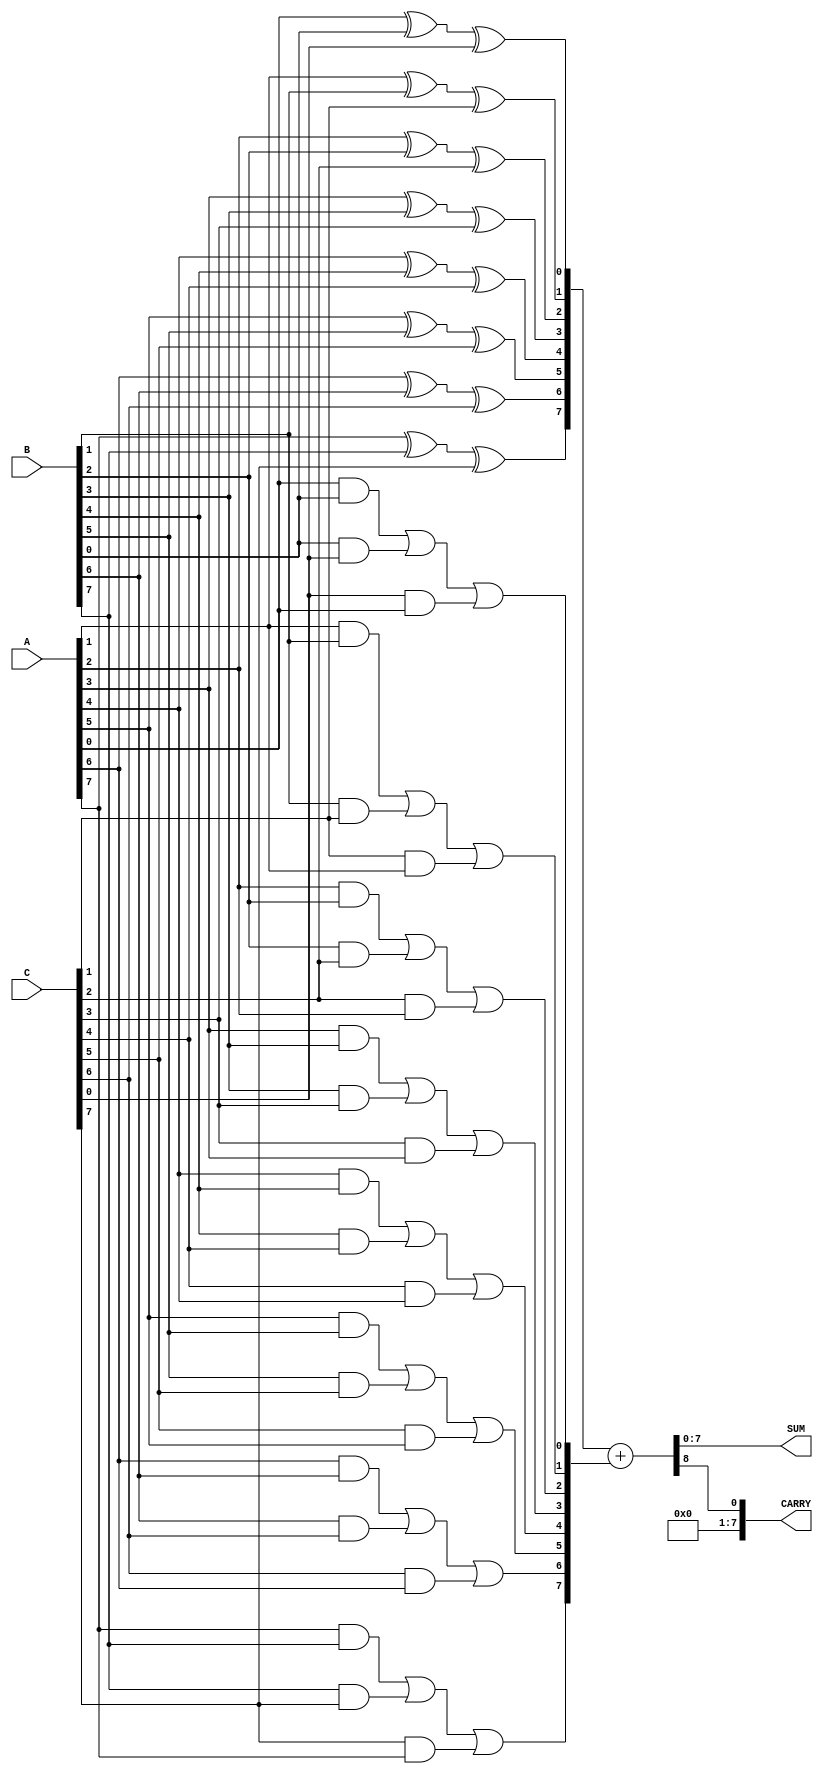
module carry_save_adder #(
    parameter WIDTH = 8,  // Width of the input operands
    parameter NUM_INPUTS = 3 // Number of inputs (can be adjusted)
)(
    input [WIDTH-1:0] A,  // First input
    input [WIDTH-1:0] B,  // Second input
    input [WIDTH-1:0] C,  // Third input
    output [WIDTH-1:0] SUM, // Final sum output
    output [WIDTH-1:0] CARRY // Final carry output
);

    // Intermediate sum and carry wires
    wire [WIDTH-1:0] sum1, carry1;
    wire [WIDTH-1:0] sum2, carry2;

    // Full adders for the first level
    generate
        genvar i;
        for (i = 0; i < WIDTH; i = i + 1) begin: full_adders_level1
            wire a = A[i];
            wire b = B[i];
            wire c = C[i];

            // Full adder logic
            assign sum1[i] = a ^ b ^ c; // Sum output
            assign carry1[i] = (a & b) | (b & c) | (c & a); // Carry output
        end
    endgenerate

    // Second level of CSA to combine carries and sums
    generate
        for (i = 0; i < WIDTH; i = i + 1) begin: full_adders_level2
            wire s1 = sum1[i];
            wire c1 = carry1[i];

            // For simplicity, we will just carry forward the carry bits
            // In an actual multi-level design, you would typically have more inputs here
            assign sum2[i] = s1; // Pass through the sum
            assign carry2[i] = c1; // Pass through the carry
        end
    endgenerate

    // Final addition stage: Simple ripple carry adder to combine the final sum and carry
    wire [WIDTH:0] final_sum; // Extra bit for carry
    assign final_sum = {1'b0, sum2} + {1'b0, carry2}; // Final addition

    // Assign output
    assign SUM = final_sum[WIDTH-1:0]; // Final sum output
    assign CARRY = final_sum[WIDTH]; // Final carry output (if needed)

endmodule